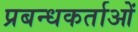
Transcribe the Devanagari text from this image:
प्रबन्धकर्ताओं